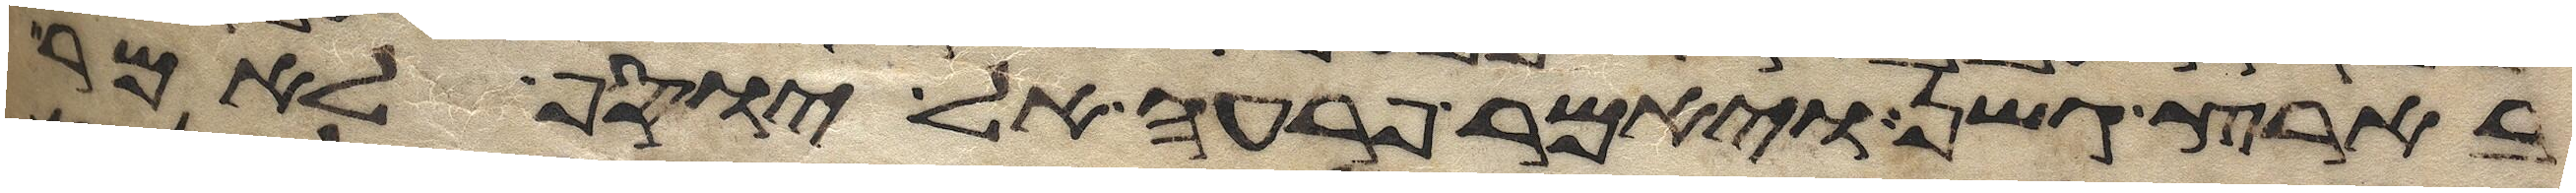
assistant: בארץ גשן ויאמר פרעה אל יוסף לאמר